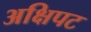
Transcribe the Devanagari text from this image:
अक्षिपट